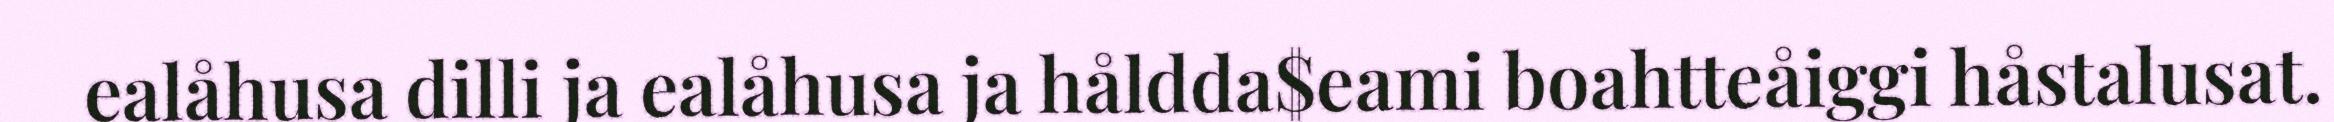
ealåhusa dilli ja ealåhusa ja håldda$eami boahtteåiggi håstalusat.